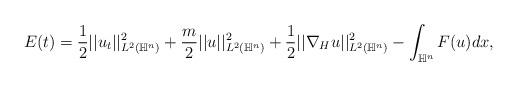
LaTeX: \begin{align*}E(t)&=\frac{1}{2}|| u_t||^2_{L^2(\mathbb{H}^n)} + \frac{m}{2}||u||^2_{L^2(\mathbb{H}^n)}+ \frac{1}{2}||\nabla_{H} u||^2_{L^2(\mathbb{H}^n)} - \int_{\mathbb{H}^n}F(u) dx,\end{align*}